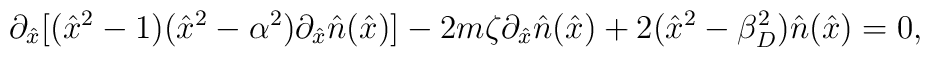
\partial_{\hat{x}}[(\hat{x}^2 -1)(\hat{x}^2-\alpha^2)\partial_{\hat{x}} \hat{n}(\hat{x})] -2m\zeta \partial_{\hat{x}}\hat{n}(\hat{x}) + 2(\hat{x}^2 - \beta_D^2) \hat{n}(\hat{x}) = 0,